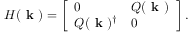
H ( \textbf { k } ) = \left[ \begin{array} { l l } { 0 } & { Q ( \textbf { k } ) } \\ { Q ( \textbf { k } ) ^ { \dag } } & { 0 } \end{array} \right] .